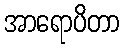
အာရောပိတာ